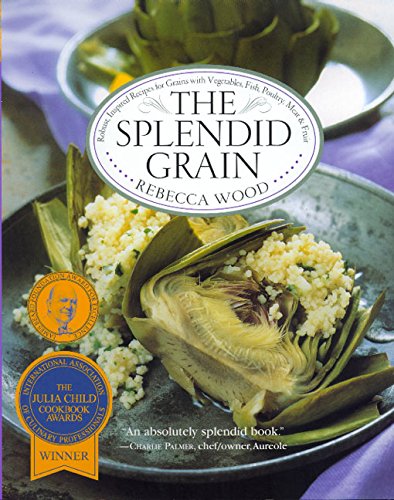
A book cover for The Splendid Grain; Rebecca Wood; Cookbooks, Food & Wine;